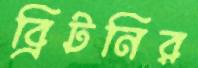
ব্রিটনির